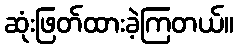
ဆုံးဖြတ်ထားခဲ့ကြတယ်။